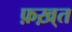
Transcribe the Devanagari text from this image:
फ़ख़्त